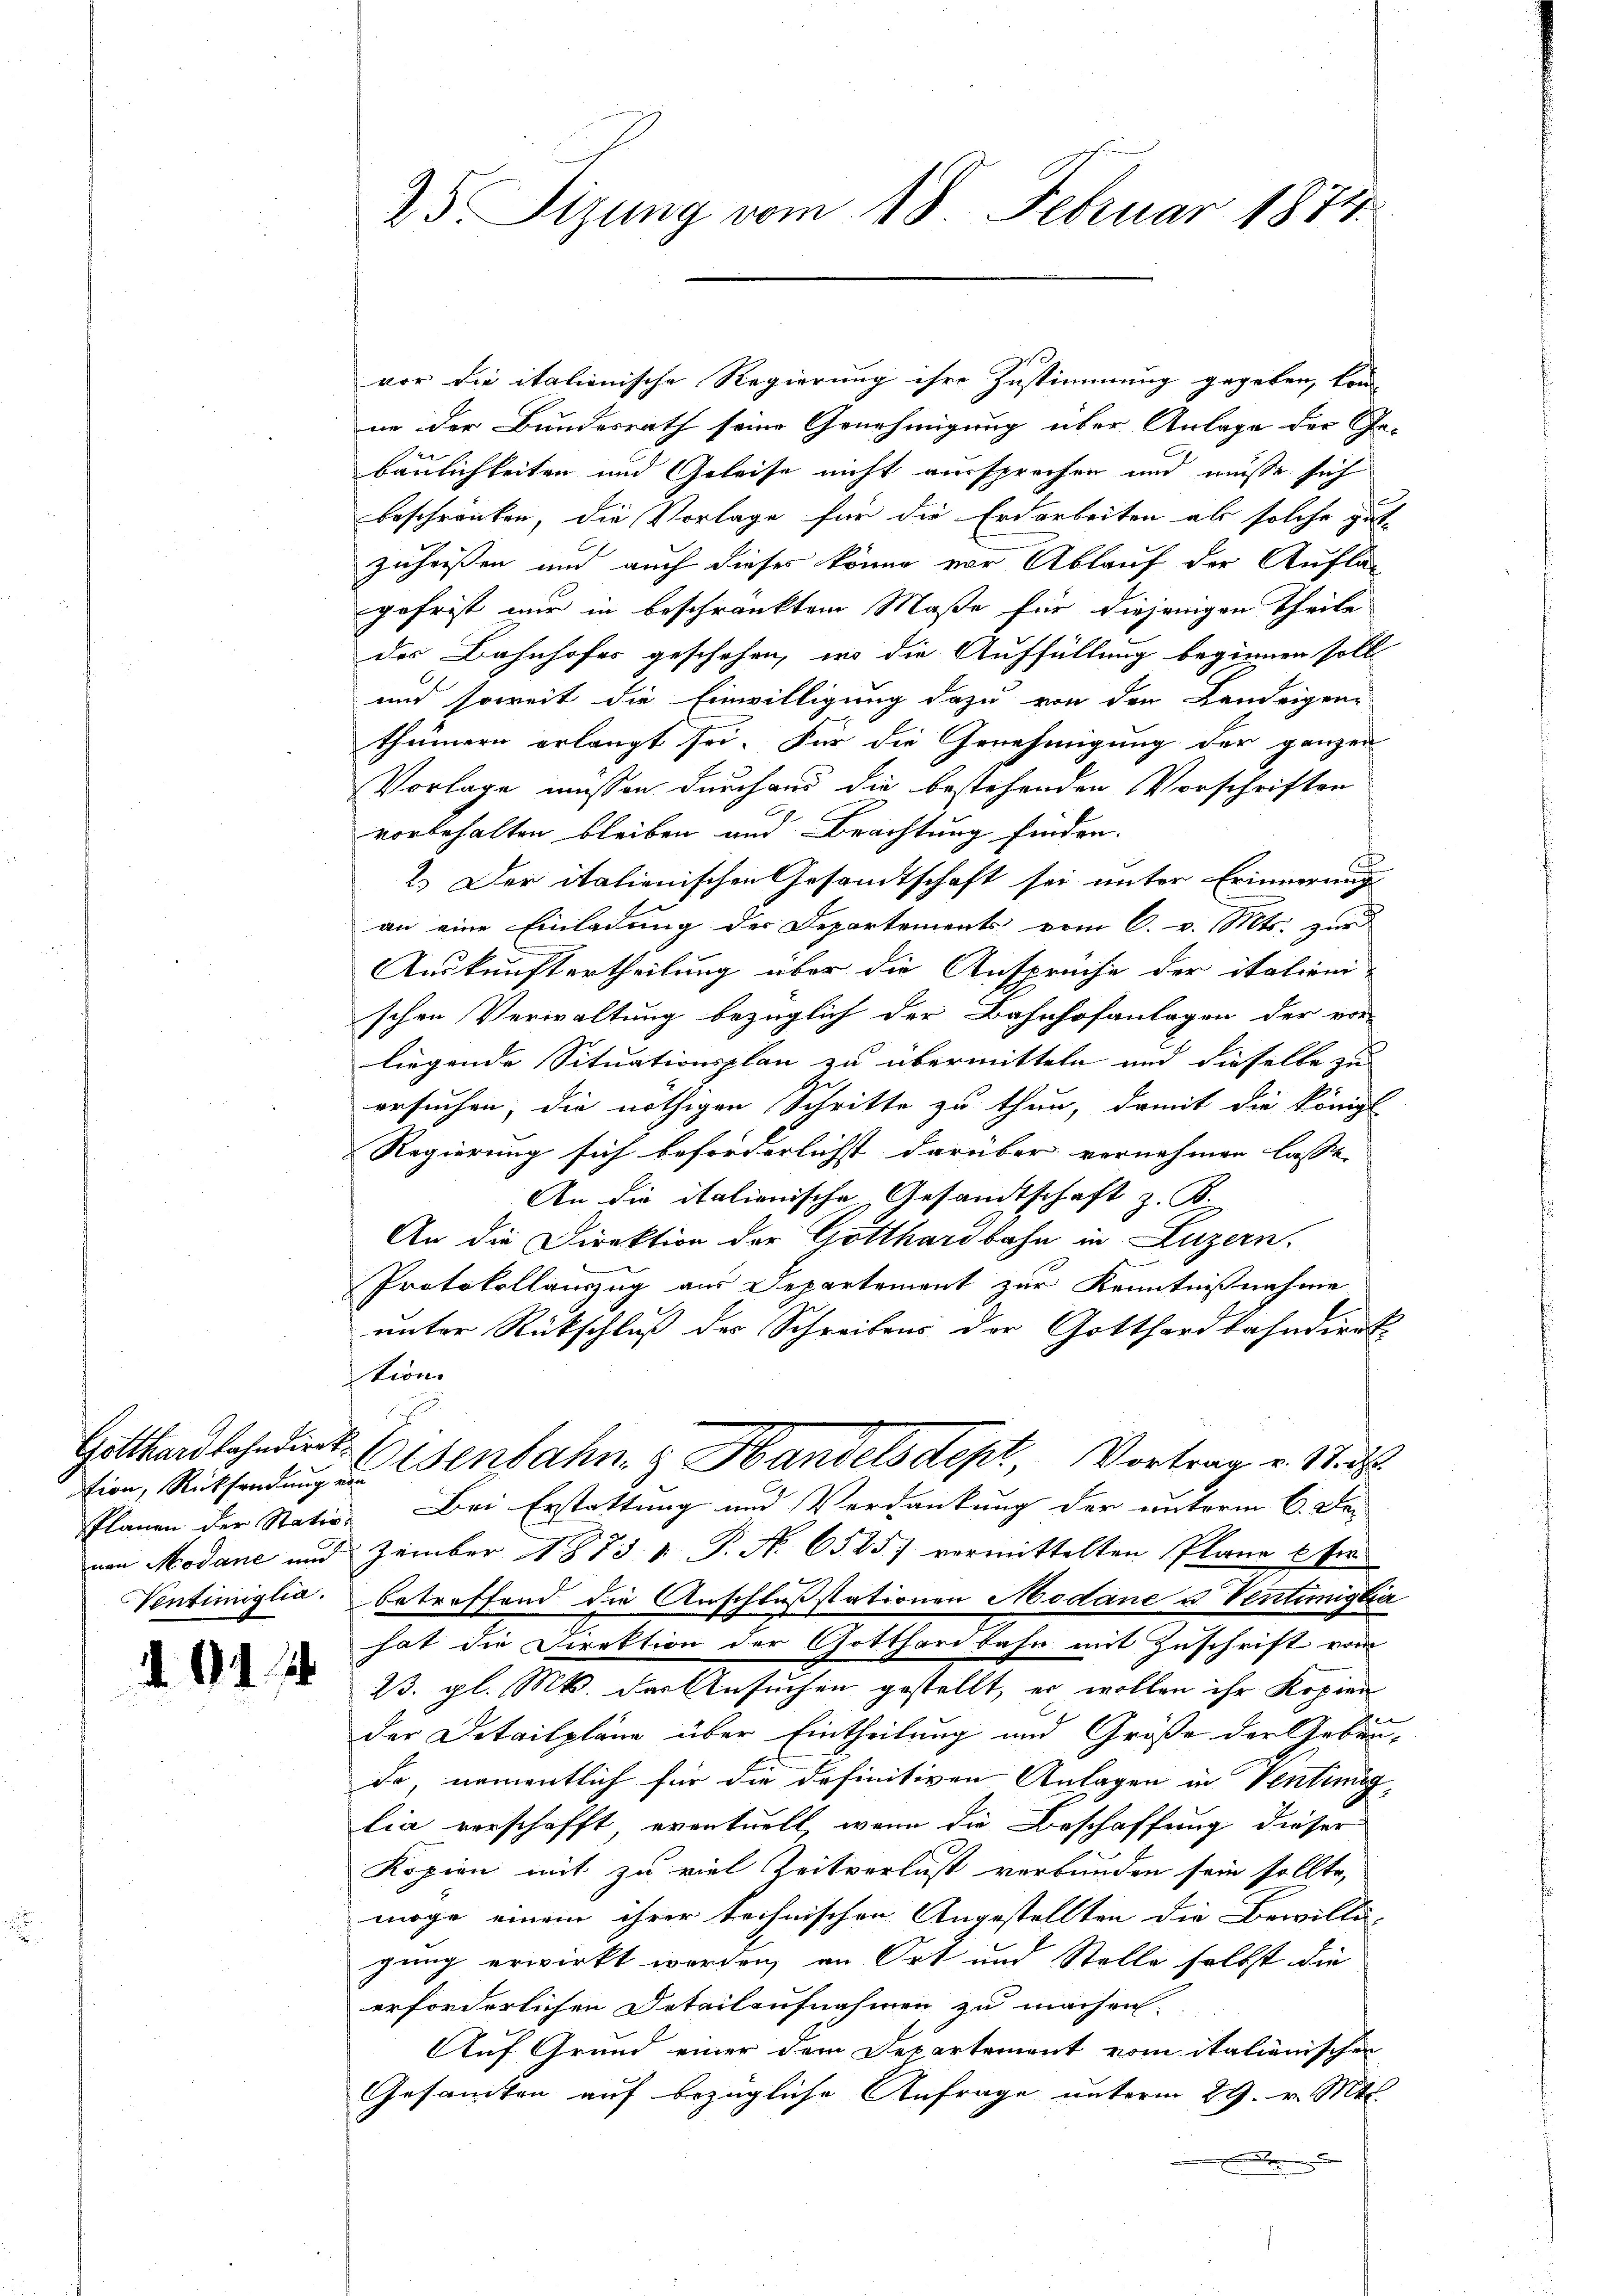
Gotthardbahndirek
tion, Rücksendunge
Planen der Statio
nen Hovane und
Ventimiglia.

25 Sizung vom 18. Februar 1874.

vor die italienische Regierung ihre Zustimmung gegeben, kon
ne der Bundesrath seine Genehmigung über Anlage der Ge-
baulichkeiten und Geleise nicht aussprechen und müsse sich
beschränken, die Vorlage für die Erdarbeiten ab solche gute
zuheissen und auch dieses könne vor Ablauf der Auflas
gefrist nur in beschränktem Maße für diejenigen Theile
des Bahnhofes geschehen, wo die Auffüllung beginnen soll
und soweit die Einwilligung dazu von den Landeigen
thümern erlangt sei. Für die Genehmigung der ganzen
Vorlage müssen durchaus die bestehenden Vorschriften
vorbehalten bleiben und Brachtung finden.
2.) Der italienischen Gesandtschaft sei unter Erinnerung
an eine Einladung der Departements vom 6. v. Mts. zur
Auskunftertheilung über die Anspruche der italieni-
schen Verwaltung bezüglich der Bahnhofanlagen der vor-
liegende Situationsplan zu übermitteln und dieselbe zu
ersuchen, die nöthigen Schritte zu thun, damit die königl.
Regierung sich beförderlichst darüber vernehmen lasse. |
An die italienische Gesandtschaft z. B.
An die Direktion der Gotthardbahn in Luzern,
Protokollauszug aus Departement zur Kenntnißnahme
unter Rückschluß des Schreibens der Gotthardbahndiret
tion
Eisenbahng Handelsdept Vortrag v. Stad
Bei Erstattung und Verdankung der unterm 6. Dez
Zemmber 1873. 1. P. No 6585) vormittelten Plane 6 fr.
betreffend die Anschlußstationen Modane u. Ventimigkei
hat die Direktion der Gotthardbahn mit Zuschrift vom
23. gl. Mts. der Ansuchen gestellt, es wollen ihr Kopier
der Detailpläne über Eintheilung und Größe der Gebäude, namentlich für die definitiven Anlagen in Ventimig-
lia verschafft, eventuell, wenn die Beschaffung dieser
Kopien mit zu viel Zeitverlust verbunden sein sollte,
möge einem ihrer technischen Angestellten die Bewilli-
gung erwirkt worden, an Ort und Stelle selbst die
erforderlichen Detailaufnahmen zu machen.
Auf Grund einer dem Departement vom italiänischen
Gesamten auf bezügliche Anfrage unterm 29. v. Mts.
.